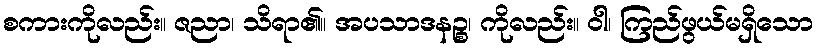
စကားကိုလည်း။ ဇညာ၊ သိရာ၏။ အပသာဒနဉ္စ၊ ကိုလည်း။ ဝါ၊ ကြည်ဖွယ်မရှိသော